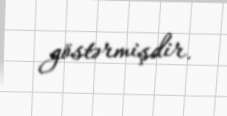
göstərmişdir.